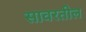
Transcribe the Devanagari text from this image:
सावरतील